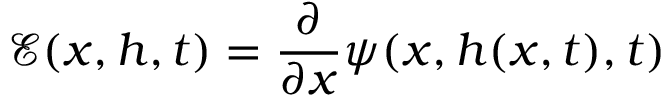
\mathcal { E } ( x , h , t ) = \frac { \partial } { \partial x } \psi ( x , h ( x , t ) , t )